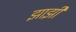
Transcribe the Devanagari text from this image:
झाझी